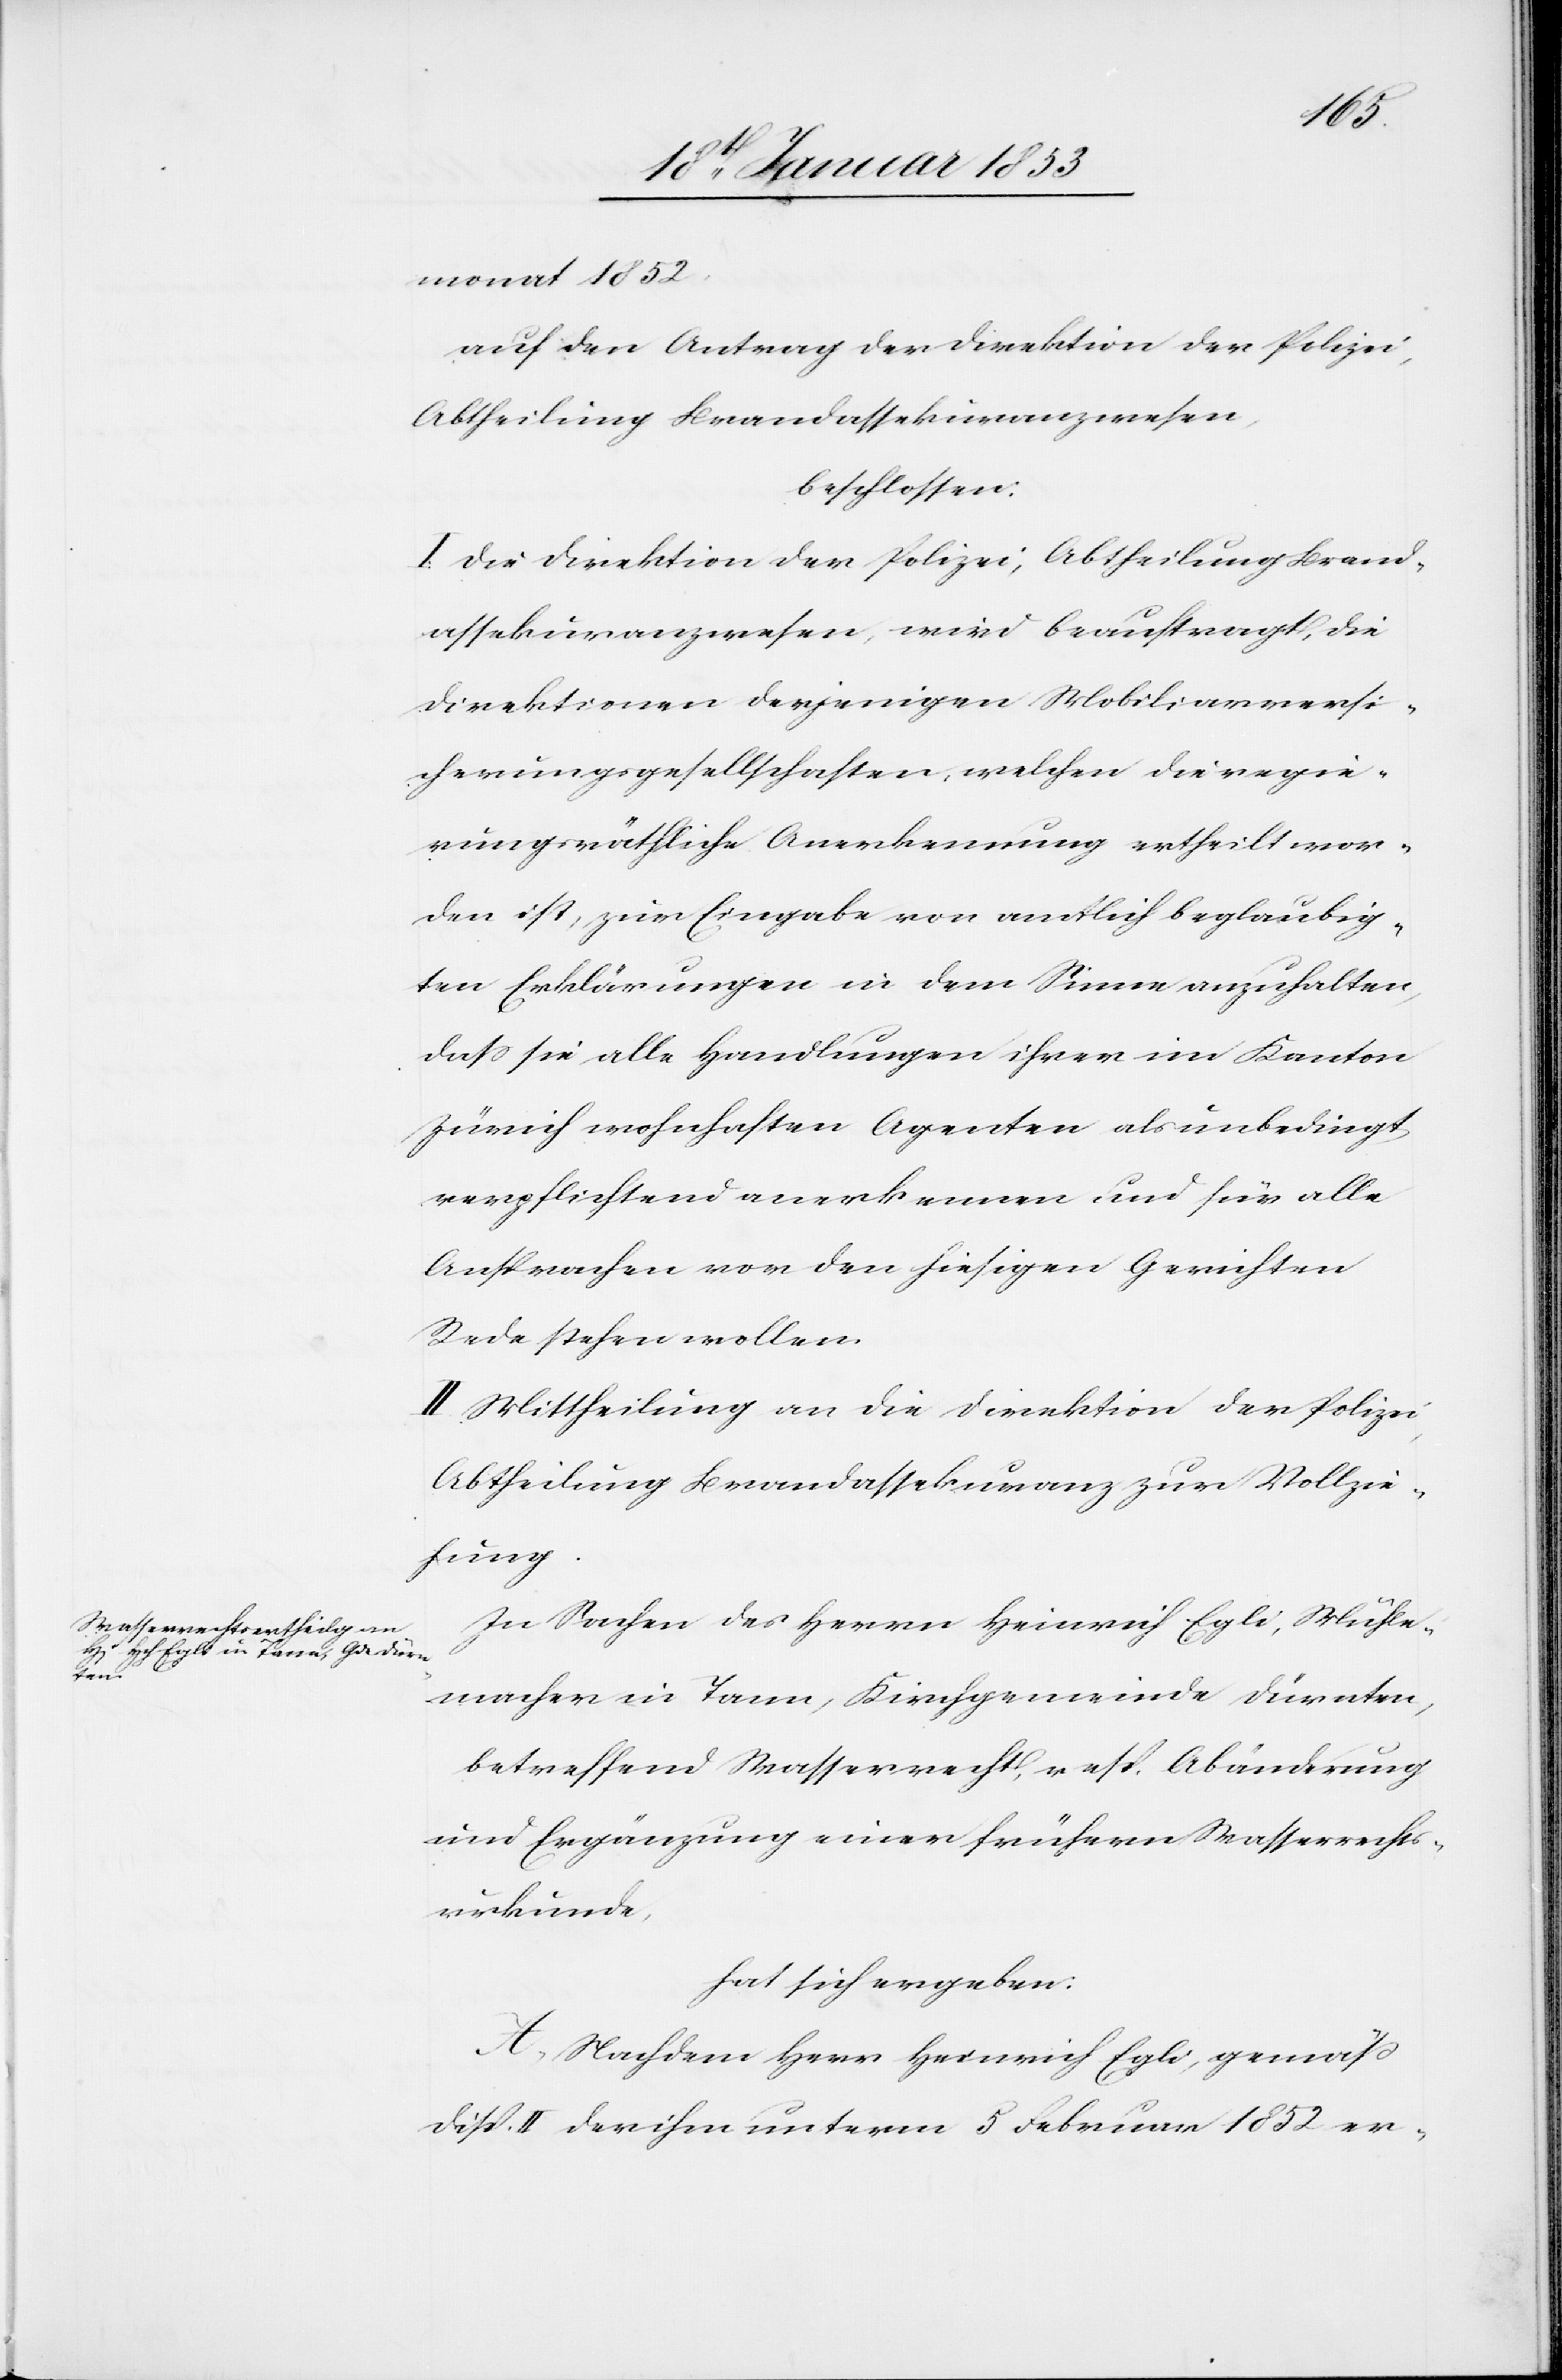
monat 1852
auf den Antrag der Direktion der Polizei,
Abtheilung Brandassekuranzwesen,
beschlossen:
I. Die Direktion der Polizei, Abtheilung Brand¬
assekuranzwesen, wird beauftragt, die
Direktionen derjenigen Mobiliarversi¬
cherungsgesellschaften, welchen die regie¬
rungsräthliche Anerkennung ertheilt wor¬
den ist, zur Eingabe von amtlich beglaubig¬
ten Erklärungen in dem Sinne anzuhalten,
daß sie alle Handlungen ihrer im Kanton
Zürich wohnhaften Agenten als unbedingt
verpflichtend anerkennen und für alle
Ansprachen von den hiesigen Gerichten
Rede stehen wollen.
II. Mittheilung an die Direktion der Polizei
Abtheilung Brandassekuranz zur Vollzie¬
hung.
In Sachen des Herrn Heinrich Egli, Mühle¬
macher in Tann, Kirchgemeinde Dürnten,
betreffend Wasserrecht, resp. Abänderung
und Ergänzung einer frühern Wasserrechts¬
urkunde,
hat sich ergeben:
A. Nachdem Herr Heinrich Egli, gemäß
disp. II. der ihm unterm 5 Februar 1852 er-